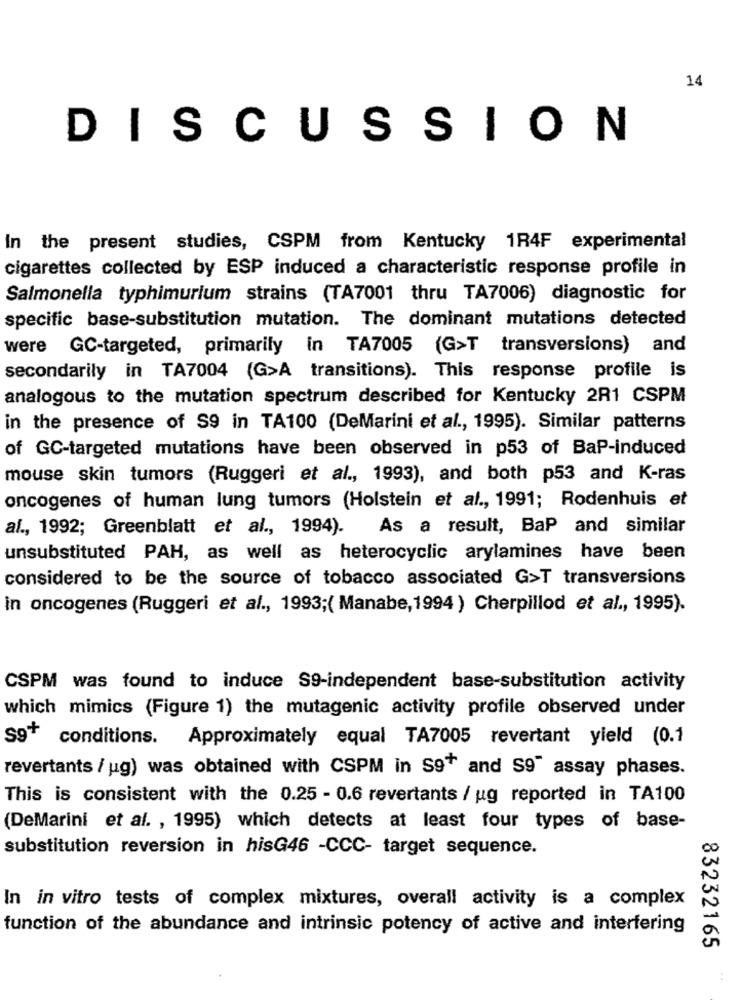
14
DISCUSSION
In the present studies, CSPM from Kentucky 1R4F experimental
cigarettes collected by ESP induced a characteristic response profile in
Salmonella typhimurium strains (TA7001 thru TA7006) diagnostic for
specific base-substitution mutation. The dominant mutations detected
were GC-targeted, primarily in TA7005 (G>T transversions) and
secondarily in TA7004 (G>A transitions). This response profile is
analogous to the mutation spectrum described for Kentucky 2R1 CSPM
in the presence of S9 in TA100 (DeMarini et al ., 1995). Similar patterns
of GC-targeted mutations have been observed in p53 of BaP-induced
mouse skin tumors (Ruggeri et al ., 1993), and both p53 and K-ras
oncogenes of human lung tumors (Holstein et al ., 1991; Rodenhuis et
al ., 1992; Greenblatt et al ., 1994).
As a result, BaP and similar
unsubstituted PAH, as well as heterocyclic arylamines have been
considered to be the source of tobacco associated G>T transversions
in oncogenes (Ruggeri et al ., 1993;( Manabe, 1994 ) Cherpillod et al ., 1995).
CSPM was found to induce S9-independent base-substitution activity
which mimics (Figure 1) the mutagenic activity profile observed under
So+
conditions. Approximately equal TA7005 revertant yield (0.1
revertants / ug) was obtained with CSPM in S9+ and S9" assay phases.
This is consistent with the 0.25 - 0.6 revertants / ug reported in TA100
(DeMarini et al. , 1995) which detects at least four types of base-
substitution reversion in hisG46 -CCC- target sequence.
In in vitro tests of complex mixtures, overall activity is a complex
function of the abundance and intrinsic potency of active and interfering
83232165